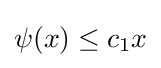
\psi (x)\leq c_{1}x